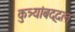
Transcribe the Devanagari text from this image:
कुत्र्यांबद्दल